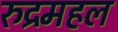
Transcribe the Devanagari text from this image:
रुद्रमहल